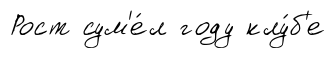
Рост сум'е́л году клу́б'е